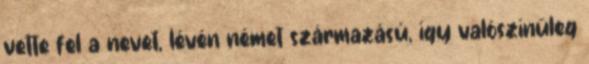
vette fel a nevet, lévén német származású, így valószínűleg